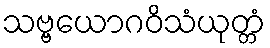
သဗ္ဗယောဂဝိသံယုတ္တံ